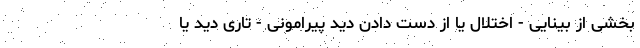
بخشی از بینایی - اختلال یا از دست دادن دید پیرامونی - تاری دید یا